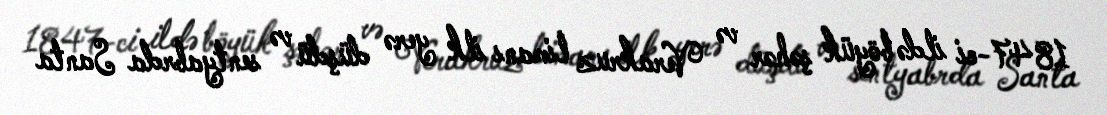
1847-ci ildə böyük şəhər və Verakruz limanı ilk yerə düşdü və sentyabrda Santa